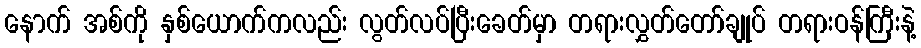
နောက် အစ်ကို နှစ်ယောက်ကလည်း လွတ်လပ်ပြီးခေတ်မှာ တရားလွှတ်တော်ချုပ် တရားဝန်ကြီးနဲ့